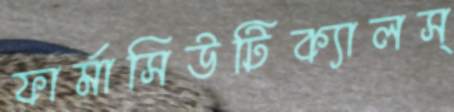
ফার্মাসিউটিক্যালস্